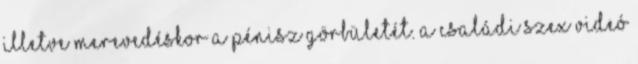
illetve merevedéskor a pénisz görbületét. A családi szex videó